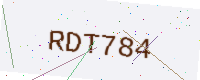
Text: RDT784